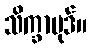
သိက္ခာပုဒ်။